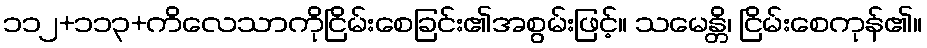
၁၁၂+၁၁၃+ကိလေသာကိုငြိမ်းစေခြင်း၏အစွမ်းဖြင့်။ သမေန္တိ၊ ငြိမ်းစေကုန်၏။